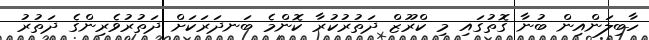
ހާބިލަންއިން ބުނާ ގޮތުގައި މި ކްރޫޒް ދަތުރުކުރާ ކޮންމެ ބަނދަރަކަށް ދަތުރުވެރިންގެ ދަތުރު